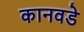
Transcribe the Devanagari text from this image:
कानवडे